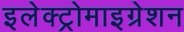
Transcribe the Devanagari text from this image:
इलेक्ट्रोमाइग्रेशन